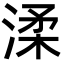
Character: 渘